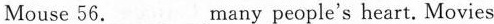
Mouse 56.___Many people's heart. Movies